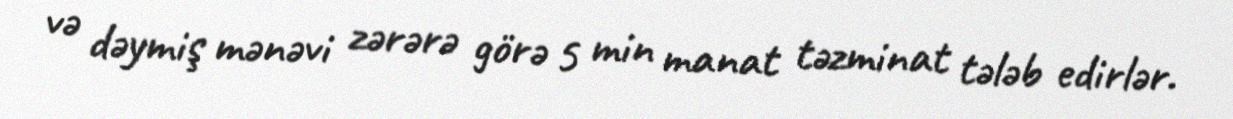
və dəymiş mənəvi zərərə görə 5 min manat təzminat tələb edirlər.